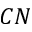
C N